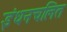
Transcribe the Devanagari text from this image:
इंधनचलित